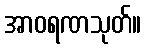
အာဝရဏသုတ်။